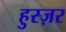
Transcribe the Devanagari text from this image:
हुस्ज़र